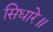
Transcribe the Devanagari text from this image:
सिधारे॥